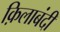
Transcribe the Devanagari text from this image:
क़िलाबंदी